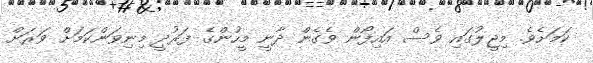
ކަމަށެވެ. މިޖީލުގައި ވެސް އައިފޯން ވެގެން ދާނީ މީހުންގެ ފަރުދީ މިނިވަންކަމަށް ވަރަށް